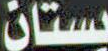
بستان